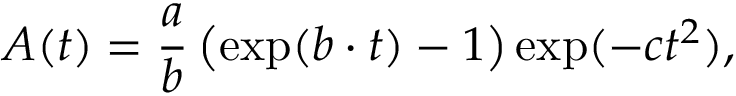
A ( t ) = \frac { a } { b } \left( \exp ( b \cdot t ) - 1 \right) \exp ( - c t ^ { 2 } ) ,